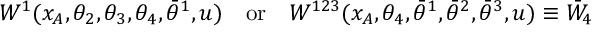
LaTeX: W ^ { 1 } ( x _ { A } , \theta _ { 2 } , \theta _ { 3 } , \theta _ { 4 } , \bar { \theta } ^ { 1 } , u ) \quad \mathrm { o r } \quad W ^ { 1 2 3 } ( x _ { A } , \theta _ { 4 } , \bar { \theta } ^ { 1 } , \bar { \theta } ^ { 2 } , \bar { \theta } ^ { 3 } , u ) \equiv \bar { W } _ { 4 }